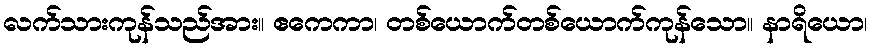
လက်သားကုန်သည်အား။ ဧကေကာ၊ တစ်ယောက်တစ်ယောက်ကုန်သော။ နာရိယော၊